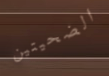
الضحيتين